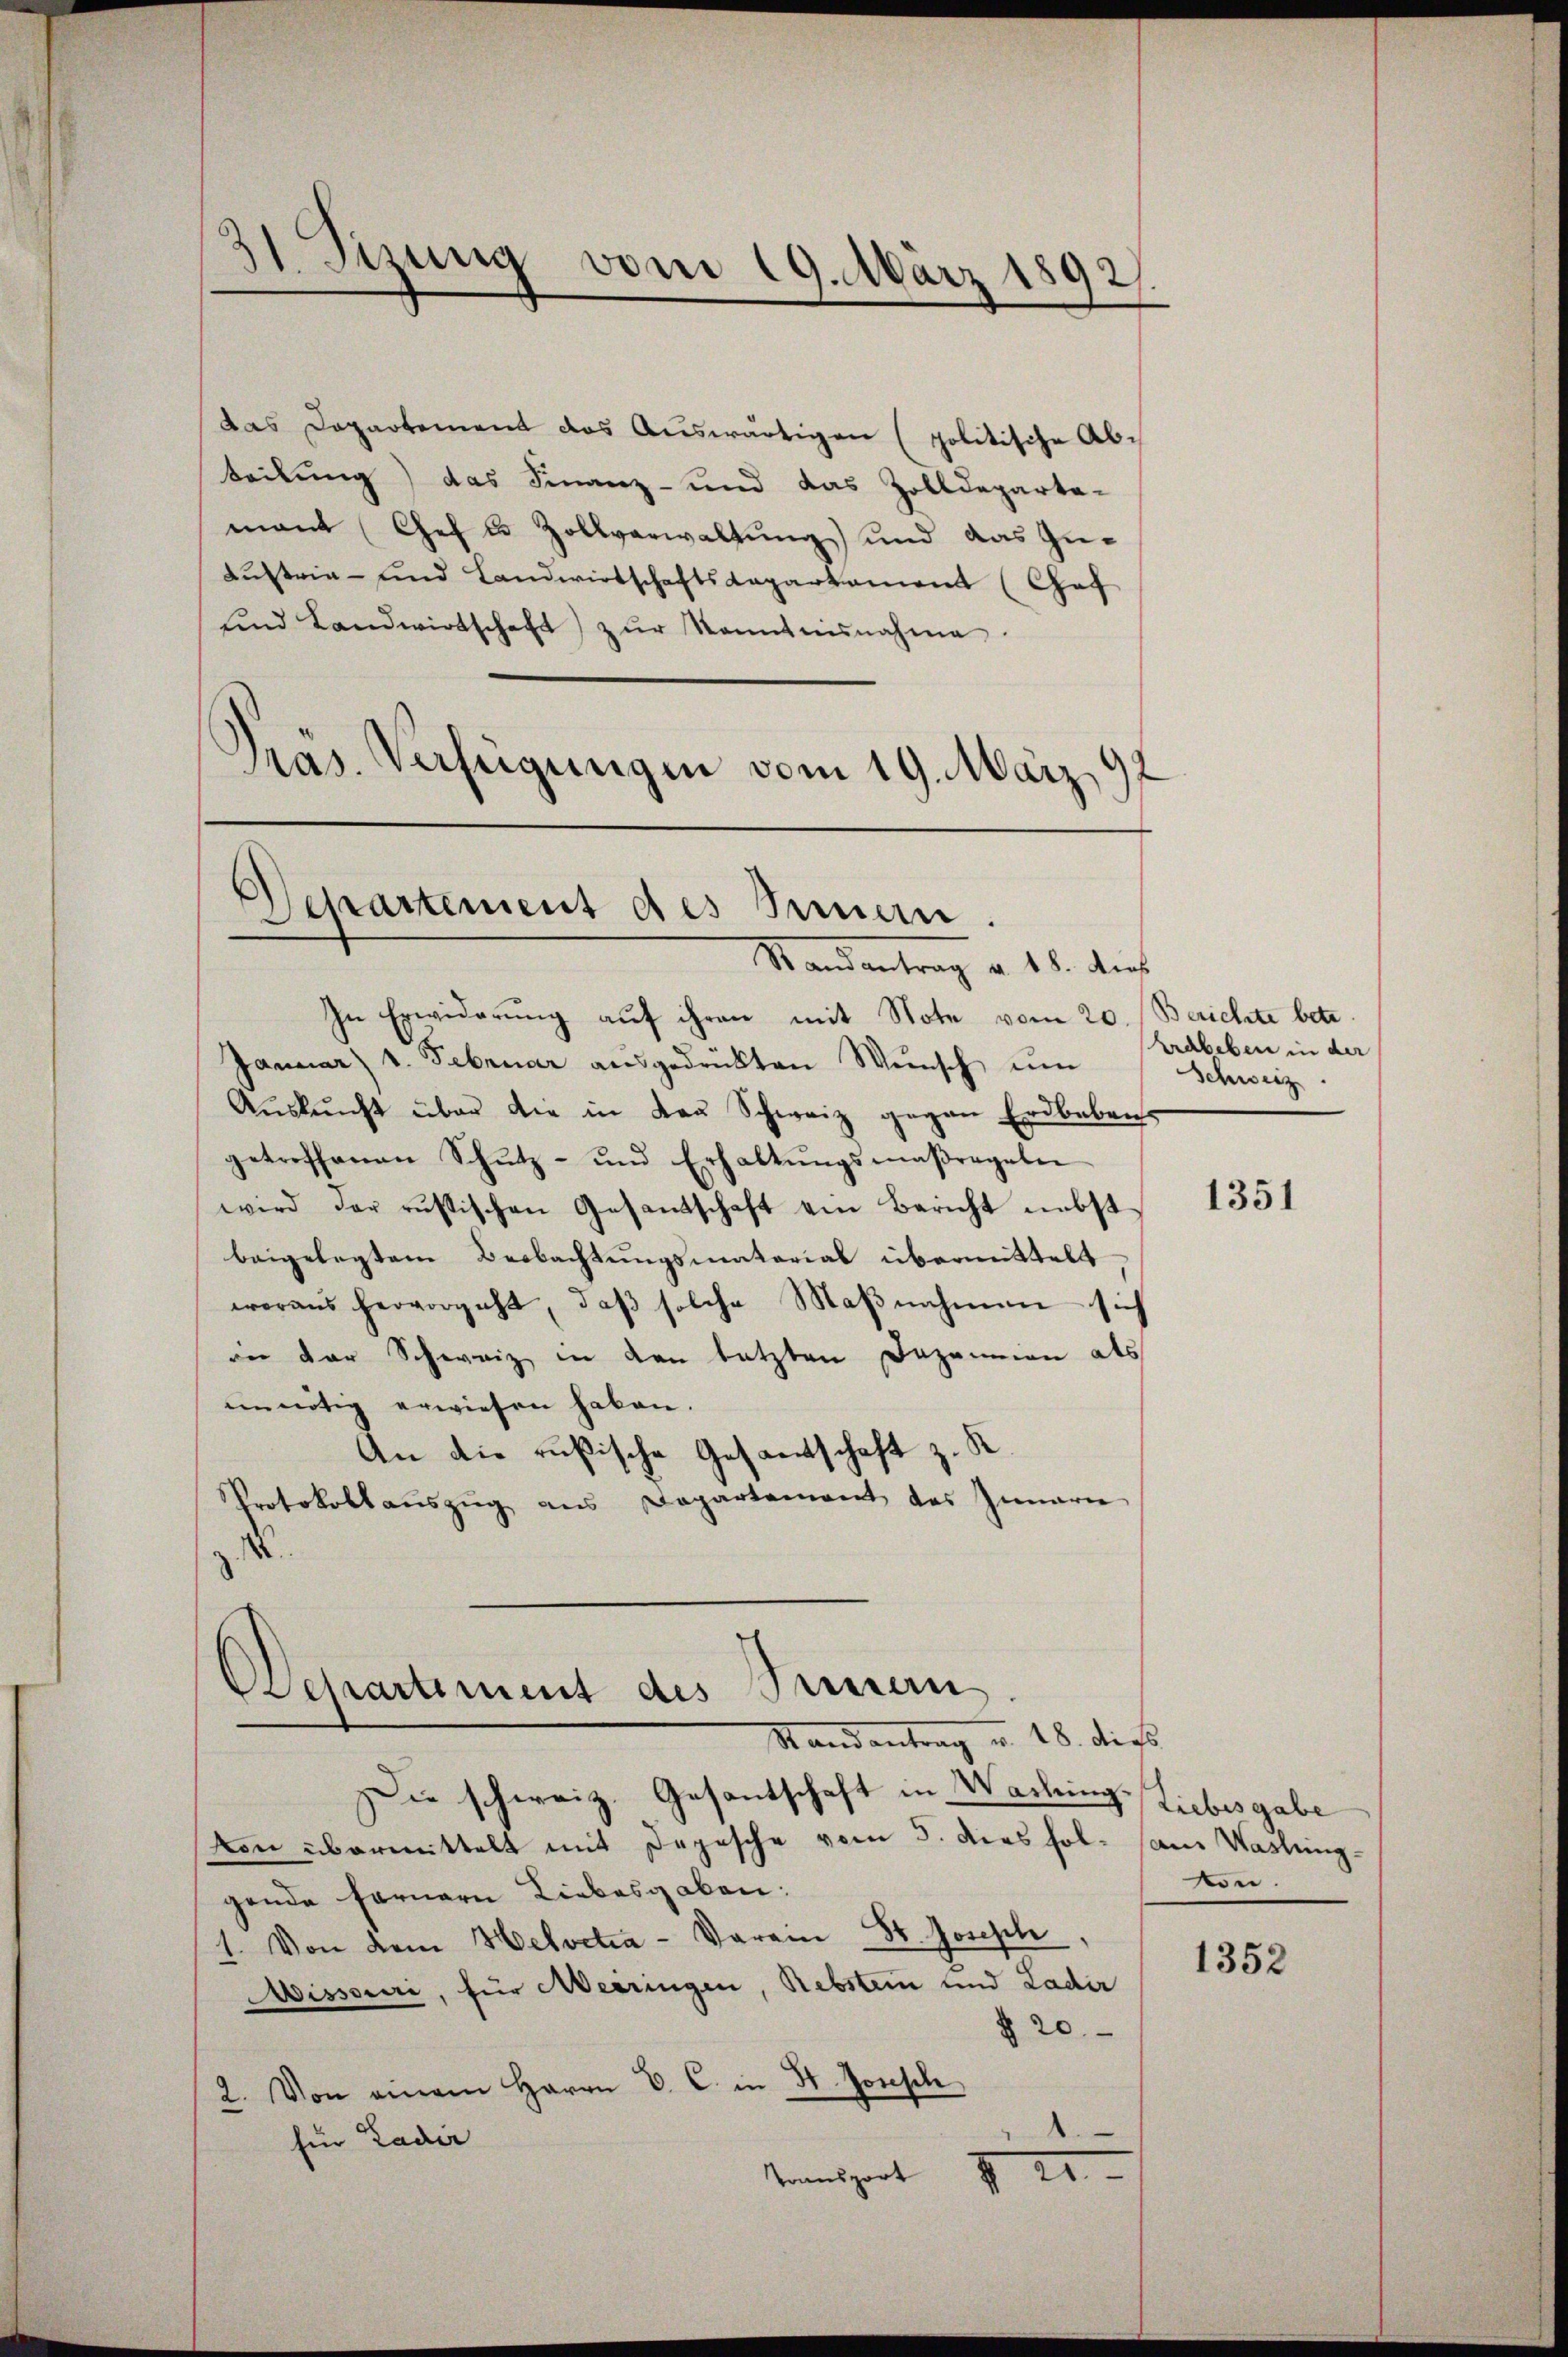
i
isizung vom 19. März 1892)

und Landwirtschaft zŭr Sonntensnahme
Präs. Verfügungen vom 19. März 192

In Erwiderŭng aŭf ihren mit Note vom 20. Berichte betr.
Januar) u. Februar aŭsgedrückten Wünsch ŭm
Aŭskŭnft über die in Kaŭ Schweiz gegen Erdbeben
getroffenen Schŭtz- und Erhaltŭngsmaßregeln
wird der russischen Gesandschaft ein Bericht nebst
beigelegtem Beobachtungsmaterial übermittelt
woraus hervorgeht, daβ solche Maβnahmen - sich
an der Schweiz in den letzten Dazanien als
ennötig erwiesen haben.
An die rußische Gesandtschaft z. R
Protokollauszug aus Departement des Innern
.

das Departement das Auswärtigen (politische Abteilung) das Finanz- und das Zolldeparta-
mant Chef t Zollverwaltung und das Zu¬
Lustria - und Landwirtschaftskaparkament (Chof

Departement des Bernen.
Standentrag v. 18. dies

Departement des Seinern
Randantrag u. 18. dies

Die schweiz. Gesantschaft in Waching Liebesgabe
von übermittelt mit Depesche vom 5. dies fol am Wasling-
gende fernern Liebesgaben:
1. Von dem Helvetia - Varein St. Joseph
Missouri, für Meiringen, Rebsten und Ladir
§ 20
2. Von einem Herrn C. C. in H. Josesch
für Ladir
Tansport I 20

Erdbeben in der
Schweiz.

1351

von.

1352